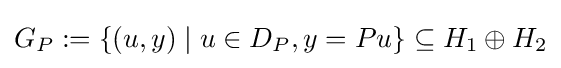
G_{P}:=\{(u,y)\mid u\in D_{P},y=Pu\}\subseteq H_{1}\oplus H_{2}